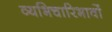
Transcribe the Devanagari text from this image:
व्यभिचारिभावों